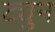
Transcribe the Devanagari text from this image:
ट्युन